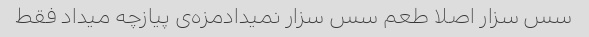
سس سزار اصلا طعم سس سزار نمیدادمزه‌ی پیازچه میداد فقط